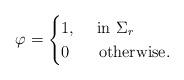
LaTeX: \begin{align*}\varphi=\begin{cases}1 , \;\;\ \textrm{ in }\Sigma_r \\0 \;\;\;\;\ \textrm{ otherwise}.\end{cases}\end{align*}